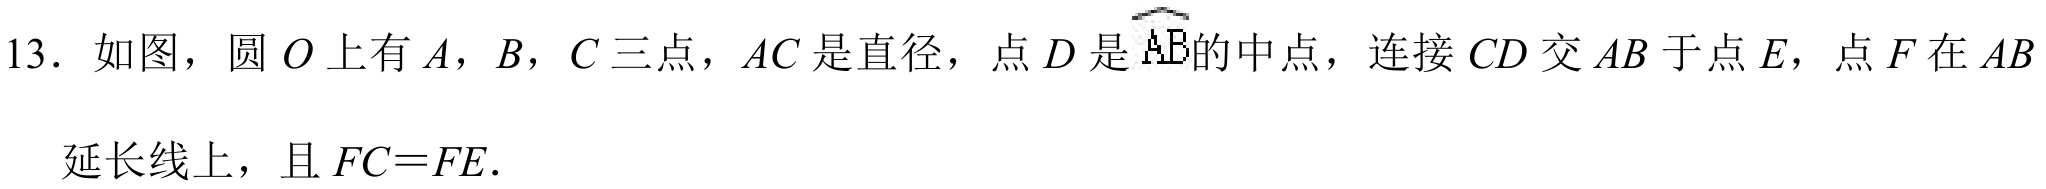
13. 如图，圆 \(O\) 上有 \(A\)，\(B\)，\(C\) 三点，\(AC\) 是直径，点 \(D\) 是 \(\overset{\frown}{AB}\) 的中点，连接 \(CD\) 交 \(AB\) 于点 \(E\)，点 \(F\) 在 \(AB\)
延长线上，且 \(FC = FE\).